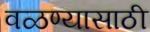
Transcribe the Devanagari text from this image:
वळण्यासाठी